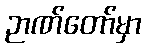
ဉာဏ်တော်မှာ